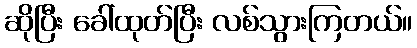
ဆိုပြီး ခေါ်ထုတ်ပြီး လစ်သွားကြတယ်။